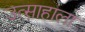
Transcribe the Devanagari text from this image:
उत्साहाला